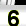
Digit: 6